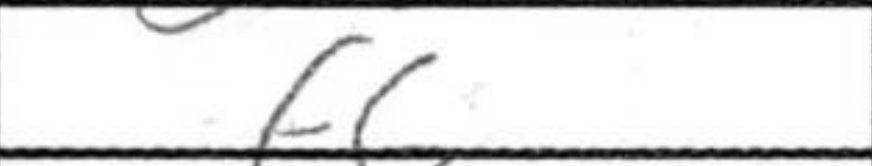
Transcription: f6